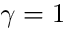
\gamma = 1